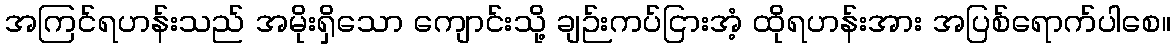
အကြင်ရဟန်းသည် အမိုးရှိသော ကျောင်းသို့ ချဉ်းကပ်ငြားအံ့ ထိုရဟန်းအား အပြစ်ရောက်ပါစေ။